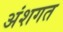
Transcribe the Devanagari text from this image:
अंशगत